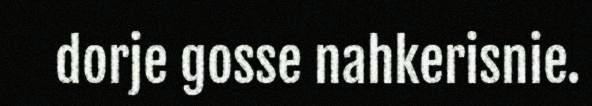
dorje gosse nahkerisnie.